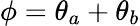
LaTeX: \phi=\theta_{a}+\theta_{b}